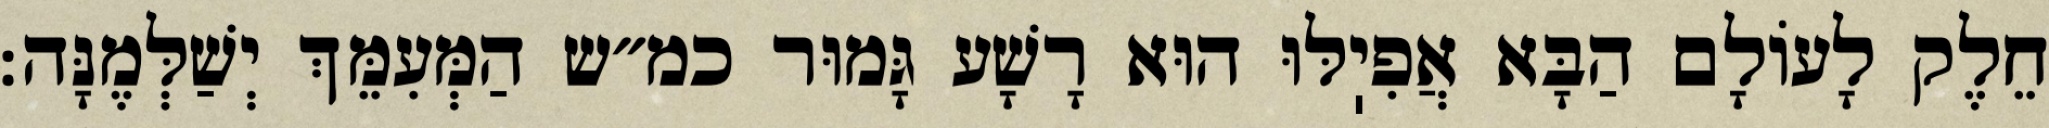
חֵלֶק לָעוֹלָם הַבָּא אֲפִיֽלּוּ הוּא רָשָׁע גָּמוּר כמ״ש הַמְּעִמֵּךְ יְשַׁלְּמֶנָּה: